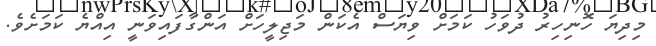
މިދިޔަ ހޮނިހިރު ދުވަހު ކަމަށް ވިޔަސް އެކަން މަޖިލީހަށް އަންގާފައިވަނީ އިއްޔެ ކަމަށެވެ.